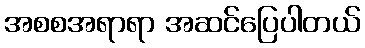
အစစအရာရာ အဆင်ပြေပါတယ်